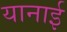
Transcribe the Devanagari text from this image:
यानाई